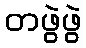
တဖွဲဖွဲ